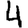
Digit: 4